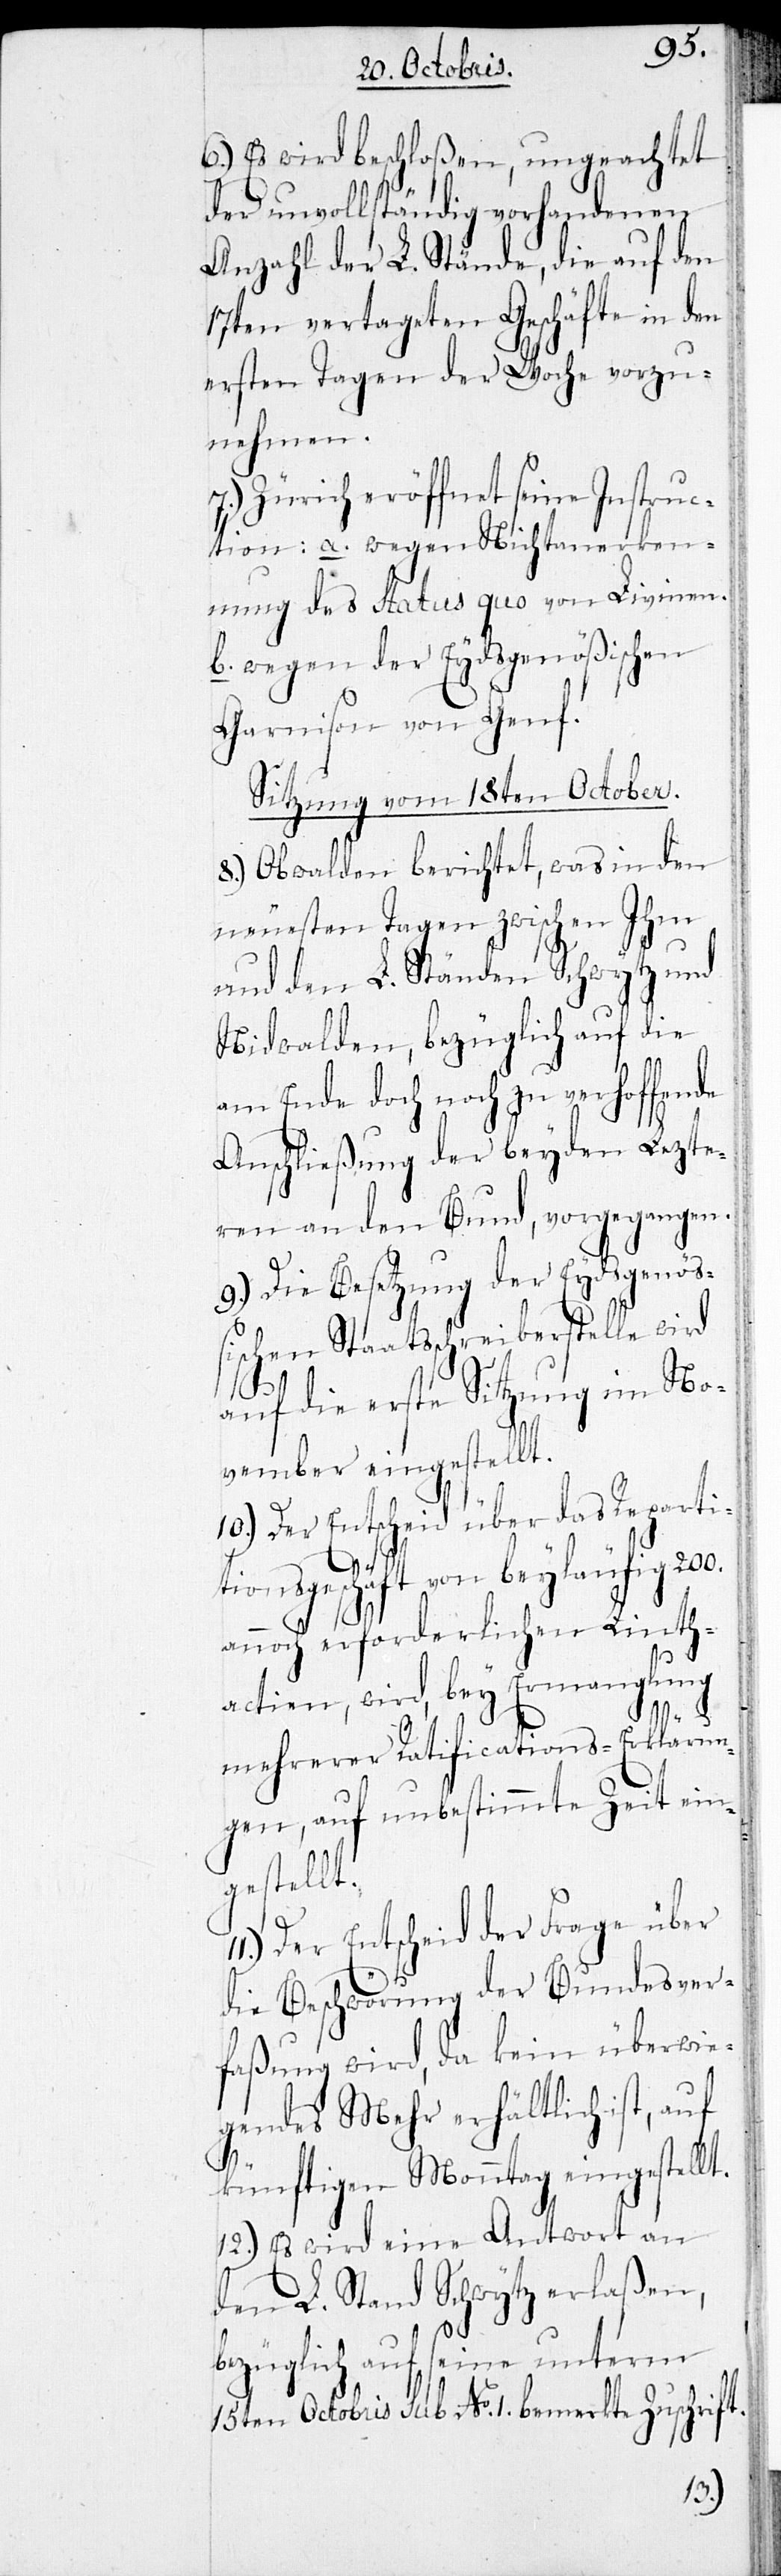
6.) Es wird beschloßen, ungeachtet
der unvollständig vorhandenen
Anzahl der L. Stände, die auf den
17ten vertageten Geschäfte in den
ersten Tagen der Woche vorzu¬
nehmen.
7.) Zürich eröffnet seine Instruc¬
tion: a. wegen Nichtanerken¬
nung des Status quo von Livinen.
b. wegen der Eydsgenößischen
Garnison von Genf.
Sitzung vom 18ten October.
8.) Obwalden berichtet, was in den
neuesten Tagen zwischen Ihm
und den L. Ständen Schwytz und
Nidwalden, bezüglich auf die
am Ende doch noch zu verhoffende
Anschließung der beyden Lezte¬
ren an den Bund, vorgegangen.
9.) Die Besetzung der Eydsgenößi¬
schen Staatsschreiberstelle wird
auf die erste Sitzung im No¬
vember eingestellt.
10.) Der Entscheid über das Repartit¬
ionsgeschäft von beyläufig 200.
annoch erforderlichen Linth¬
actien, wird, bey Ermanglung
mehrerer Ratifications-Erklärun¬
gen, auf unbestimmte Zeit ein¬
gestellt.
Der Entscheid der Frage über
die Beschwörung der Bundesver¬
faßung wird, da kein überwie¬
gendes Mehr erhältlich ist, auf
künftigen Monntag eingestellt.
12.) Es wird eine Antwort an
den L. Stand Schwytz erlaßen,
bezüglich auf seine unterm
15ten Octobris sub N. 1. bemerkte Zuschrift.